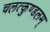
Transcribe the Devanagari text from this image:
चलत्कुण्डलम्